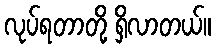
လုပ်ရတာတို့ ရှိလာတယ်။